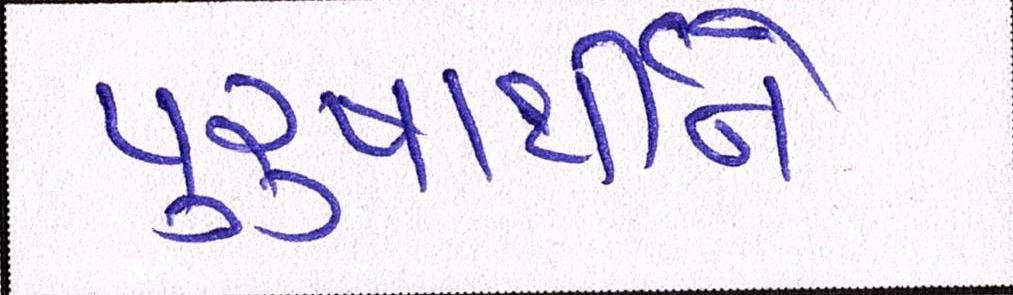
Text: પુરુષાર્થીને